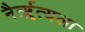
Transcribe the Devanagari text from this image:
नैर्ॠत्यला